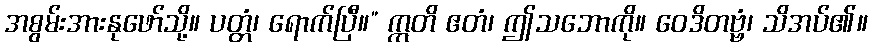
အစွမ်းအားနုဖော်သို့။ ပတ္တံ၊ ရောက်ပြီ။” ဣတိ ဧတံ၊ ဤသဘောကို။ ဝေဒိတဗ္ဗံ၊ သိအပ်၏။